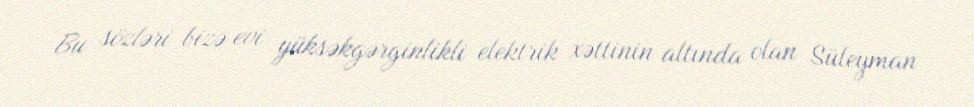
Bu sözləri bizə evi yüksəkgərginlikli elektrik xəttinin altında olan Süleyman